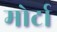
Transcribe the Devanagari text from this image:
मोर्टा